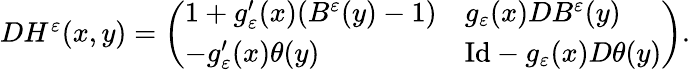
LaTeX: \begin{array}{r}{DH^{\varepsilon}(x,y)=\left(\begin{array}{ll}{1+g_{\varepsilon}^{\prime}(x)(B^{\varepsilon}(y)-1)}&{g_{\varepsilon}(x)DB^{\varepsilon}(y)}\\ {-g_{\varepsilon}^{\prime}(x)\theta(y)}&{\mathrm{Id}-g_{\varepsilon}(x)D\theta(y)}\end{array}\right).}\end{array}